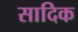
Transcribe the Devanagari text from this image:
सादिक